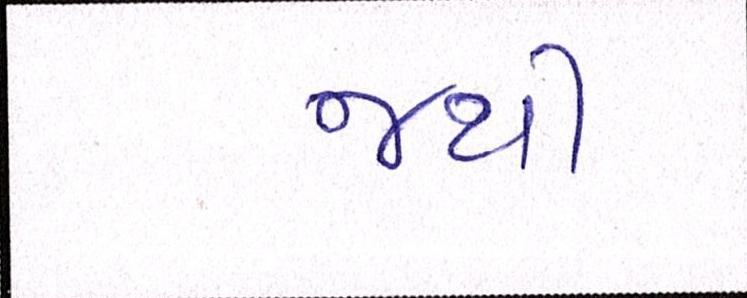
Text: જથી